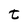
Character: t